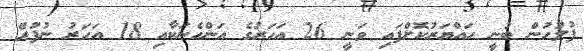
ފުލުހުން ބުނީ ހައްޔަރުކޮށްފައި ވަނީ 26 އަހަރުގެ އަންހެނަކާއި 18 އަހަރު ނުފުރޭ